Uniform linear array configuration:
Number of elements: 64
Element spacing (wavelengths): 0.5
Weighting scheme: hann
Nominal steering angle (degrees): -30
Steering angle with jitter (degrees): -31.039
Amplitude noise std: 0.05
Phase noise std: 0.05

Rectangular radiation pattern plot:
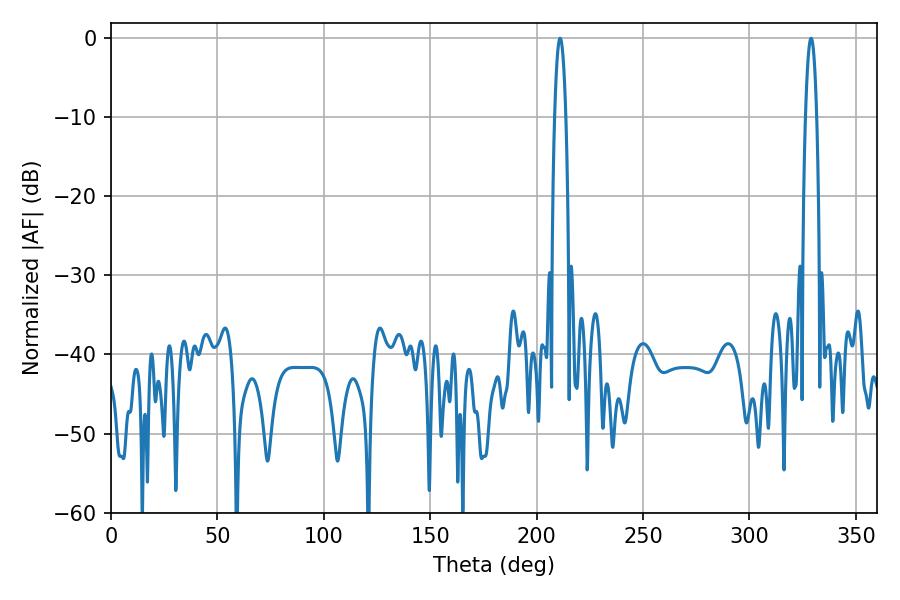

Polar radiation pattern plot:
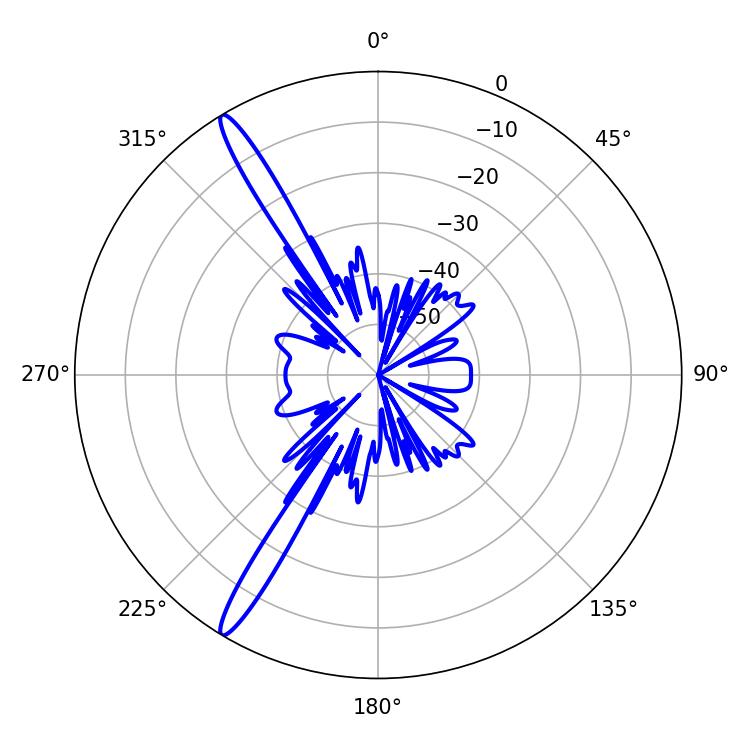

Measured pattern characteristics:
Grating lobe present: FALSE
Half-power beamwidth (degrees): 2.7
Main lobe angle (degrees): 210.96